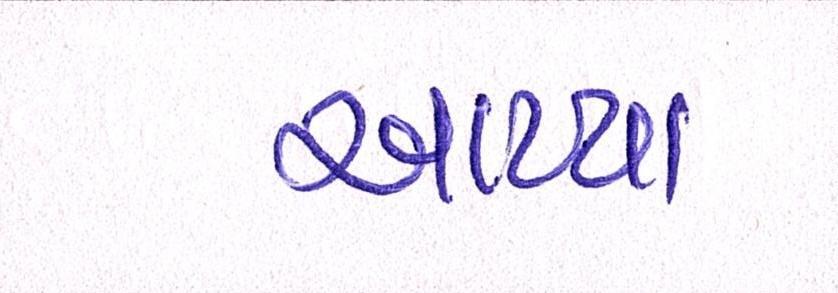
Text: આપ્યા